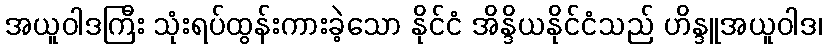
အယူဝါဒကြီး သုံးရပ်ထွန်းကားခဲ့သော နိုင်ငံ အိန္ဒိယနိုင်ငံသည် ဟိန္ဒူအယူဝါဒ၊